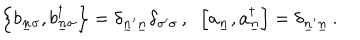
LaTeX: \left\{ b _ { \underline { { { n } } } \sigma } , b _ { \underline { { { n } } } \sigma } ^ { \dagger } \right\} = \delta _ { \underline { { { n } } } ^ { \prime } \underline { { { n } } } } \delta _ { \sigma ^ { \prime } \sigma } \, , \; \; \left[ a _ { \underline { { { n } } } } , a _ { \underline { { { n } } } } ^ { \dagger } \right] = \delta _ { \underline { { { n } } } ^ { \prime } \underline { { { n } } } } \, .